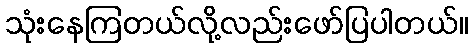
သုံးနေကြတယ်လို့လည်းဖော်ပြပါတယ်။